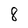
Character: 8